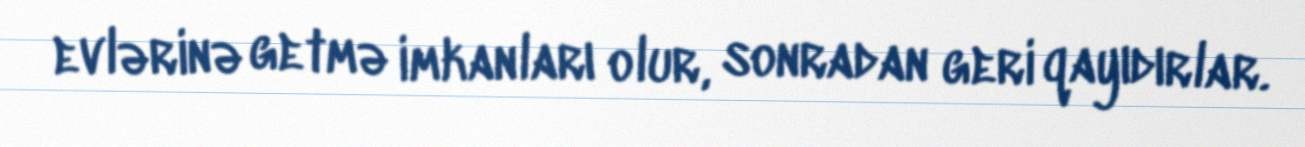
evlərinə getmə imkanları olur, sonradan geri qayıdırlar.